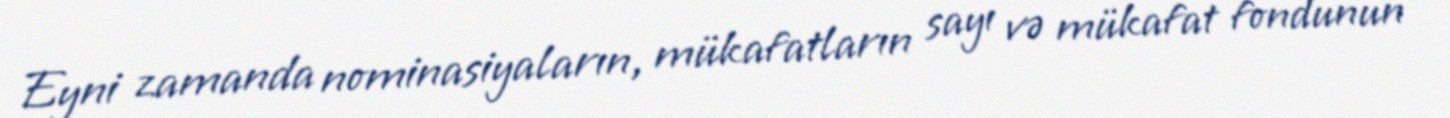
Eyni zamanda nominasiyaların, mükafatların sayı və mükafat fondunun